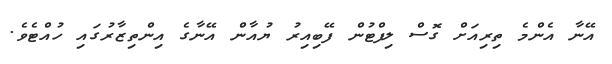
އޭނާ އެންމެ ތިރިއަށް ގޮސް ލިފްޓުން ފޭބިއިރު ޔުއާން އޭނާގެ އިންތިޒާރުގައި ހުއްޓެވެ.